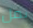
نمل